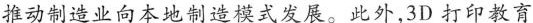
推动制造业向本地制造模式发展。此外,3D 打印教育